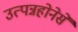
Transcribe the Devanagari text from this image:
उत्पन्नहोनेसे